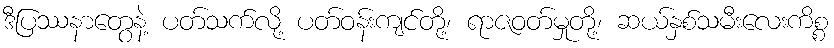
ဒီပြဿနာတွေနဲ့ ပတ်သက်လို့ ပတ်ဝန်းကျင်တို့၊ ရာဇဝတ်မှုတို့၊ ဆယ်နှစ်သမီးလေးကိစ္စ